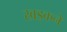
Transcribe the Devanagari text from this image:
खड़कने